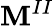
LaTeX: \mathbf{M}^{II}